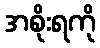
အစိုးရကို